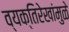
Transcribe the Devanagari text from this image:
व्यक्तिरेखांमुळे